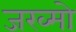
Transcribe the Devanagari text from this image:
जख्मो